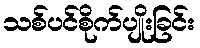
သစ်ပင်စိုက်ပျိုးခြင်း